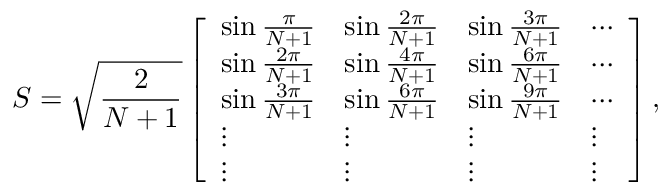
S = \sqrt { \frac { 2 } { N + 1 } } \left[ \begin{array} { l l l l } { \sin \frac { \pi } { N + 1 } } & { \sin \frac { 2 \pi } { N + 1 } } & { \sin \frac { 3 \pi } { N + 1 } } & { \cdots } \\ { \sin \frac { 2 \pi } { N + 1 } } & { \sin \frac { 4 \pi } { N + 1 } } & { \sin \frac { 6 \pi } { N + 1 } } & { \cdots } \\ { \sin \frac { 3 \pi } { N + 1 } } & { \sin \frac { 6 \pi } { N + 1 } } & { \sin \frac { 9 \pi } { N + 1 } } & { \cdots } \\ { \vdots } & { \vdots } & { \vdots } & { \vdots } \\ { \vdots } & { \vdots } & { \vdots } & { \vdots } \end{array} \right] ,